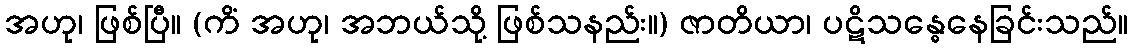
အဟု၊ ဖြစ်ပြီ။ (ကိံ အဟု၊ အဘယ်သို့ ဖြစ်သနည်း။) ဇာတိယာ၊ ပဋိသန္ဓေနေခြင်းသည်။